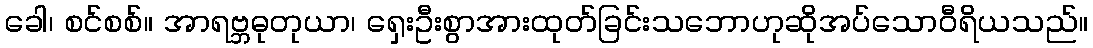
ခေါ၊ စင်စစ်။ အာရဗ္ဘဓုတုယာ၊ ရှေးဦးစွာအားထုတ်ခြင်းသဘောဟုဆိုအပ်သောဝီရိယသည်။